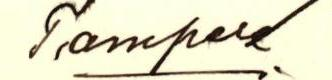
Tampere.